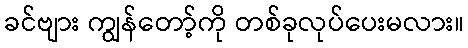
ခင်ဗျား ကျွန်တော့်ကို တစ်ခုလုပ်ပေးမလား။